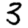
Digit: 3